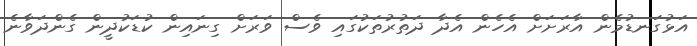
އަޅުގަނޑުމެން އާރަށަށް އެހެން އެދާ ދަތުރުތަކުގައި ވެސް ވަރަށް ގިނައިން ކުޑަކުދީން ގެންދަވާނެ